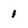
Character: 1